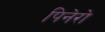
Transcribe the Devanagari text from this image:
पिनेरो